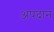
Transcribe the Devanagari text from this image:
अपदान